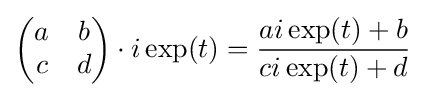
{\begin{pmatrix}a&b\\c&d\end{pmatrix}}\cdot i\exp(t)={\frac {ai\exp(t)+b}{ci\exp(t)+d}}